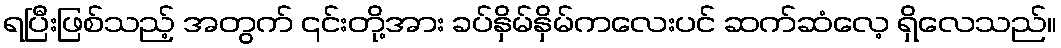
ရပြီးဖြစ်သည့် အတွက် ၎င်းတို့အား ခပ်နှိမ်နှိမ်ကလေးပင် ဆက်ဆံလေ့ ရှိလေသည်။